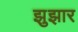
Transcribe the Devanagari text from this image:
झुझार